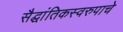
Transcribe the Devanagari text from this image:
सैद्घांतिकस्वरुपाचे